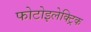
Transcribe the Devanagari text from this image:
फोटोइलेक्ट्रिक